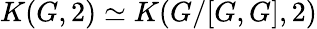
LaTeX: K(G,2)\simeq K(G/[G,G],2)